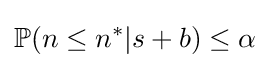
\mathbb {P} (n\leq n^{*}|s+b)\leq \alpha